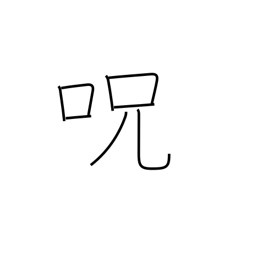
Meaning: charm